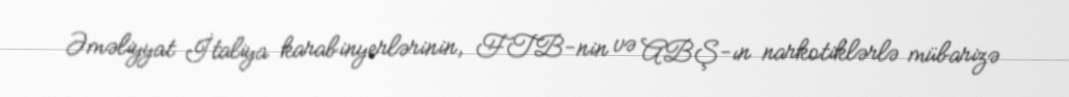
Əməliyyat İtaliya karabinyerlərinin, FTB-nin və ABŞ-ın narkotiklərlə mübarizə